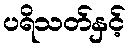
ပရိသတ်နှင့်